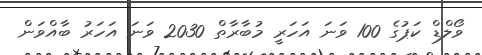
ވޯލްޑް ކަޕުގެ 100 ވަނަ އަހަރީ މުބާރާތް 2030 ވަނަ އަހަރު ބާއްވަން